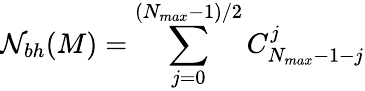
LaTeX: {\cal N}_{bh}(M)=\sum_{j=0}^{(N_{max}-1)/2}C_{N_{max}-1-j}^{j}